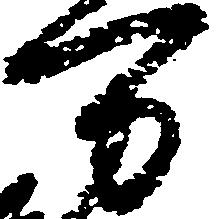
万